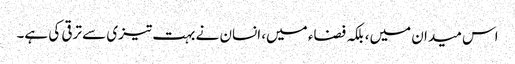
اس میدان میں، بلکہ فضاء میں، انسان نے بہت تیزی سے ترقی کی ہے۔